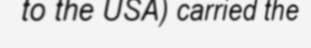
to the USA) carried the